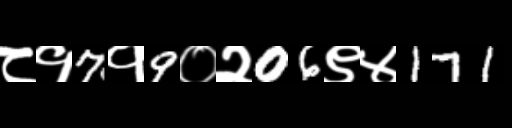
Text: ८१7१9०२06९४171